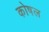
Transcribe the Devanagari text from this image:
कोषल